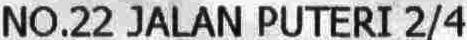
NO.22 JALAN PUTERI 2/4